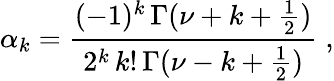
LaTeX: \alpha_{k}=\frac{(-1)^{k}\, \Gamma(\nu+k+\frac{1}{2})}{2^{k}\, k!\, \Gamma(\nu-k+\frac{1}{2})}\; ,